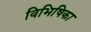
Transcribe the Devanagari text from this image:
विभिषिका